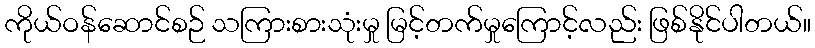
ကိုယ်ဝန်ဆောင်စဉ် သကြားစားသုံးမှု မြင့်တက်မှုကြောင့်လည်း ဖြစ်နိုင်ပါတယ်။